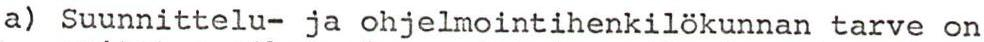
a) Suunnittelu- ja ohjelmointihenkilökunnan tarve on